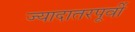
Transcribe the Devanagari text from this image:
ज्यादातरपूर्वी